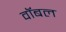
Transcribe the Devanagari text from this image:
वॉबल